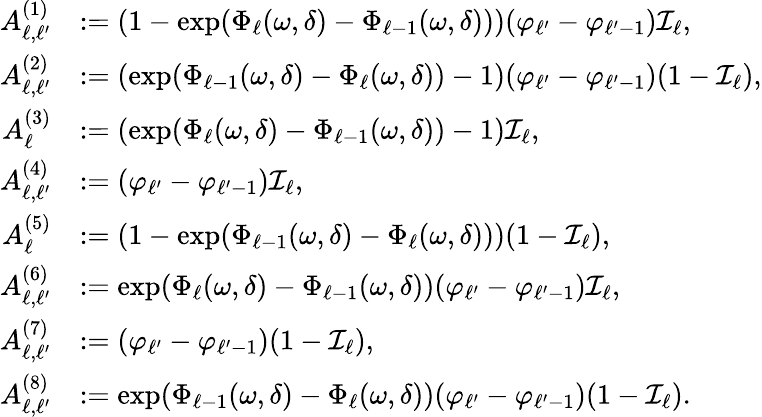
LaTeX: \begin{array}{rl}{A_{\ell,\ell^{\prime}}^{(1)}}&{:=(1-\exp(\Phi_{\ell}(\omega,\delta)-\Phi_{\ell-1}(\omega,\delta)))(\varphi_{\ell^{\prime}}-\varphi_{\ell^{\prime}-1})\mathcal{I}_{\ell},}\\ {A_{\ell,\ell^{\prime}}^{(2)}}&{:=(\exp(\Phi_{\ell-1}(\omega,\delta)-\Phi_{\ell}(\omega,\delta))-1)(\varphi_{\ell^{\prime}}-\varphi_{\ell^{\prime}-1})(1-\mathcal{I}_{\ell}),}\\ {A_{\ell}^{(3)}}&{:=(\exp(\Phi_{\ell}(\omega,\delta)-\Phi_{\ell-1}(\omega,\delta))-1)\mathcal{I}_{\ell},}\\ {A_{\ell,\ell^{\prime}}^{(4)}}&{:=(\varphi_{\ell^{\prime}}-\varphi_{\ell^{\prime}-1})\mathcal{I}_{\ell},}\\ {A_{\ell}^{(5)}}&{:=(1-\exp(\Phi_{\ell-1}(\omega,\delta)-\Phi_{\ell}(\omega,\delta)))(1-\mathcal{I}_{\ell}),}\\ {A_{\ell,\ell^{\prime}}^{(6)}}&{:=\exp(\Phi_{\ell}(\omega,\delta)-\Phi_{\ell-1}(\omega,\delta))(\varphi_{\ell^{\prime}}-\varphi_{\ell^{\prime}-1})\mathcal{I}_{\ell},}\\ {A_{\ell,\ell^{\prime}}^{(7)}}&{:=(\varphi_{\ell^{\prime}}-\varphi_{\ell^{\prime}-1})(1-\mathcal{I}_{\ell}),}\\ {A_{\ell,\ell^{\prime}}^{(8)}}&{:=\exp(\Phi_{\ell-1}(\omega,\delta)-\Phi_{\ell}(\omega,\delta))(\varphi_{\ell^{\prime}}-\varphi_{\ell^{\prime}-1})(1-\mathcal{I}_{\ell}).}\end{array}